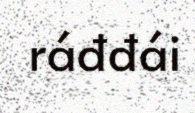
ráđđái